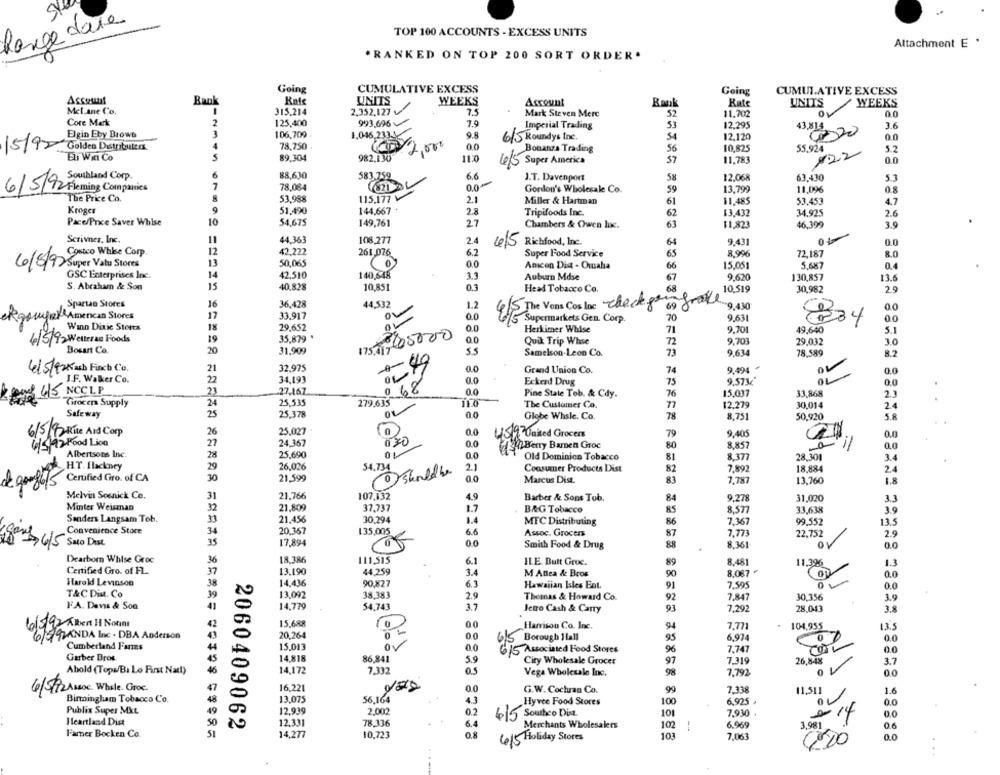
Range dare
TOP 100 ACCOUNTS - EXCESS UNITS
Attachment E .
. RANKED ON TOP 200 SORT ORDER.
Going
CUMULATIVE EXCESS
Going
CUMULATIVE EXCESS
Ascount
Bank
Kate
UNITS
WEEKS
Account
Bank
Kate
UNITS
WEEKS
Met.ane Co.
315.214
2,352,127 v
7.5
Mark Steven Merc
52
11.702
0.0
Core Merk
2
125,400
993,696
7.0
Imperial Trading
12,295
43,814
3.6
Elgin Eby Brows
3
106,709
9.8
615 Roundys Inc.
12.120
00
/5/92
Golden Distributerx
78,750
0.0
Bonanza Trading
56
10,825
55,924
5.2
5
6 2,00
#22
Eli Witt Co
89,304
982,130
1120
4/5 Super America
57
11.783
0.0
Southland Corp
6
88,630
583.759
6.6
J.T. Davenport
58
12.068
63.430
5.3
6/5/92
7
78.084
Gordon's Wholesale Co.
59
13.799
11,096
0.8
The Price Co.
8
53,988
115.177 V
2.1
Miller & Hartman
61
11,485
53,453
4.7
Kroger
51,490
144,667
2.8
Tripifoods Inc.
62
13.432
34,925
2.6
Pace/Price Saver Whlse
10
54,675
149,761
27
Chambers & Owen luc.
63
$1,823
46,399
3.9
Scrivner, Inc.
44.363
108,277
2.4
9.431
0 4
4/5
Richfood, Inc.
Costco Whise Corp.
12
42.222
261,076
6.2
Super Food Service
8.996
72.187
8.0
50,065
0.0
60/8/97 Super Valu Stores
13
Amcon Dia - Omaha
15.051
5.687
GSC Enterprises Inc.
14
42,510
140,548
3.3
Auburn Mdse
9,620
130,857
13.6
S. Abraham & Son
15
40,828
10,851
0.3
Head Tobacco Co.
10.519
30,982
2.9
44,532
Spartao Stores
16
36,428
ou
1.2
E/S The Vons Cos lac checkper grave
9.430
0.0
gougar Amencan Stores
17
33.917
0.0
9.631
00
.0
Ef Supermarkets Gen Corp.
834
Wann Dixic Storta
18
29,652
175 7,205000
0.0
Herkimer Whise
9.701
49.640
S.I
4/5/92 Welleran Foods
19
35,879
0.0
Quik Trip Whse
9.701
29.032
Dosart Co
20
31,909
55
Samelson-Leon Co.
9.634
78,589
8.2
70
4/5/925 ash Finch Co.
21
32.975
0.0
Grand Union Co.
9.494
0.0
J.F. Walker Co.
22
34,193
0.0
Eckerd Drug
0.0
068
9.573€
pod 4/5 NCCLP
23
27,167
0.0
Pine Stale Tob. & Cdy.
76
15,037
33,868
2.3
Grocers Supply
24
25.535
279.635
The Customer Co.
12.279
30,014
2.4
Safe way
25
25.378
00
Globe Whsle. Co.
78
8,751
50,920
5.8
6/5/92 Rue Aid Corp
26
25.027
0.0
1597 United Grocers
9,405
0.0
4/5 92 Food Lion
27
24.367
030
0.0
Berry Baren Groe
8.857
0.0
Albertsons Inc.
28
25,690
0.0
Old Dominion Tobacco
81
8.377
28.301
3.4
HT. Ilackney
26,026
29
54.734
shouldbe
Consumer Products Dist
82
7,892
18,884
2.4
Certified Ciro. of CA
30
21.599
0.0
Marcus Dist.
83
7,787
13,760
1.8
Melvin Sosnick Co.
31
21.766
107,132
4.9
Barber & Sons Tob.
9.278
31.020
3.3
Mintes Weisman
32
21.809
37,737
1.7
B&G Tobacco
8.577
33,638
3.9
Sanders Langsam Tob.
33
21.456
30,294
1.4
7.367
MTC Distributing
99.552
13.5
Convenience Store
34
20.357
135,005
6.6
Assoc. Grocers
7,773
22.752
2.9
35
17,894
0.0
015 Sato DASt.
Smith Food & Drug
88
8.361
0.0
Dearborn Whise Groc
18.386
111,515
6.1
ILE Butt Groc.
8.481
11.396
13
Certified Gro. of FL.
37
13.190
44,259
3.4
M Ablea & Bros
8.087 €
0.0
38
14,436
61
Harold Levinson
90.827
Hawaiian Isles Ent.
7.595
0.0
T&CDin. Co
13,092
38.383
2.9
Thomas & Howard Co.
7.847
30,356
3.9
FA. Davis & Son
14.779
54,743
3.7
Jetro Cash & Carry
7,292
28.043
6/192 Tlben H Nonni
6/9
15.688
00
Harrisou Co. Inc.
7.771
104,955
13.5
6/5/9 LANDA Inc . DBA Anderson
20,264
00
6'S Borough 1all
95
6.974
0.0
Cumberland Fares
15,013
0.0
615 Associated Food Stores
96
7,747
0.0
Garber Dros
14,818
86,841
5.9
City Wholesale Grocer
7.319
26,848
3.7
97
Abold (Tops/Bi Lo First Natl)
14,172
7.332
0.5
Vega Wholesale Inc.
98
7.792
0
0.0
16.221
0.0
G.W. Cochran Co.
9
7.338
11.su
1.6
4/712 Assoc. While. Groc.
.1
Binningham Tobacco Co.
13,075
56,164
43
Hyvee Food Stores
100
6,925 ·
0.0
Publix Super MxL
12.939
2.002
0.2
10
7,930
Heartland Dist
12.331
78,336
415 Southco Dist.
3.981
e 14
2060409062
6.4
Merchants Wholesalers
102
6.969
0.6
Farber Bocken Co.
14,277
10.723
0.8
7,063
0.0
415 Holiday Stores